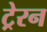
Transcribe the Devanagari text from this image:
ट्रेरन